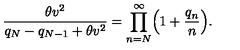
\displaystyle { \frac { \theta v ^ { 2 } } { q _ { N } - q _ { N - 1 } + \theta v ^ { 2 } } = \prod _ { n = N } ^ { \infty } \Bigl ( 1 + \frac { q _ { n } } { n } \Bigr ) } .